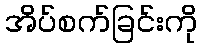
အိပ်စက်ခြင်းကို